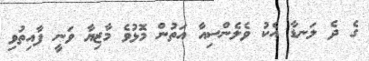
ގެ ދެ ލަނޑާ އެކު ވެލެންސިއާ އަތުން މޮޅުވެ މާޒިޔާ ވަނީ ފާއިތުވި